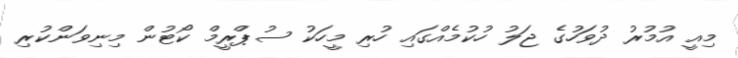
މިއީ އުމުރު ދުވަހުގެ ޖަލު ހުކުމެއްގައި ހުރި މީހަކު ސުޕްރީމް ކޯޓުން މިނިވަންކުރި